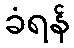
ခံရန်